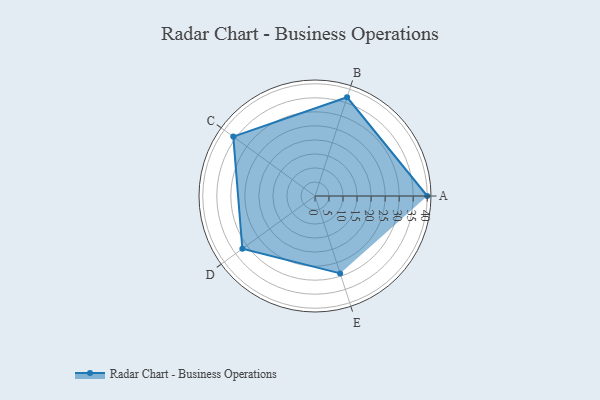
{"axis": {"x": "Skill", "y": "Score"}, "legend": ["Profile"], "data": [{"x": "A", "y": 40.0, "type": "Profile"}, {"x": "B", "y": 37.0, "type": "Profile"}, {"x": "C", "y": 36.0, "type": "Profile"}, {"x": "D", "y": 32.0, "type": "Profile"}, {"x": "E", "y": 29.0, "type": "Profile"}]}